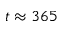
t \approx 3 6 5